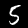
Label: 5